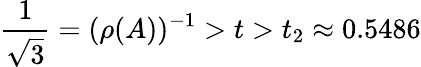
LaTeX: \frac 1{\sqrt{3}}=(\rho(A))^{-1}>t>t_{2}\approx 0.5486